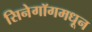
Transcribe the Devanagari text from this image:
सिनेगॉगमधून